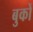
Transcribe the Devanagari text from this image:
बुकों